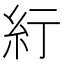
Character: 𬗃